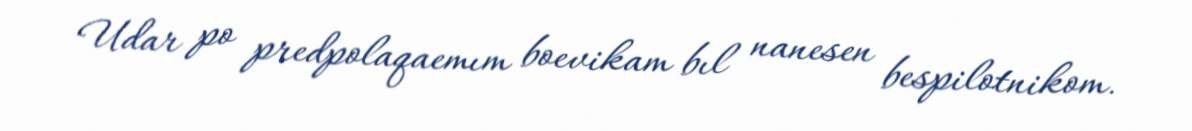
Udar po predpolaqaemım boevikam bıl nanesen bespilotnikom.